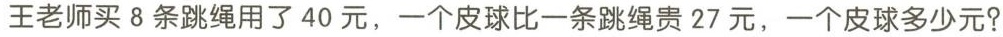
王老师买8条跳绳用了40元，一个皮球比一条跳绳贵27元，一个皮球多少元?